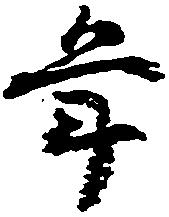
年